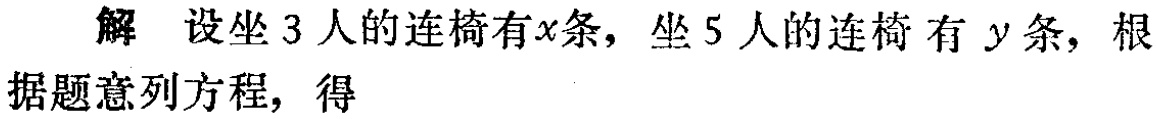
解 设坐 3 人的连椅有\(x\)条，坐 5 人的连椅 有 \(y\)条，根据题意列方程，得